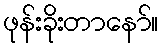
ဖုန်းခိုးတာနော်။